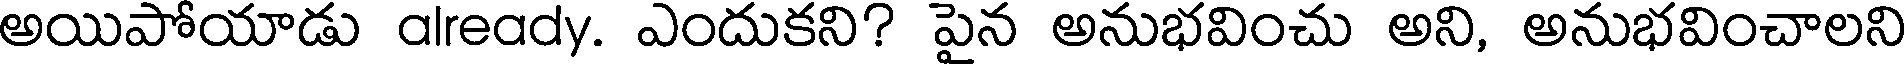
అయిపోయాడు already. ఎందుకని? పైన అనుభవించు అని, అనుభవించాలని